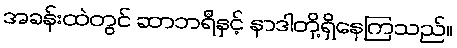
အခန်းထဲတွင် ဆာဘရီနှင့် နာဒါတို့ရှိနေကြသည်။